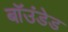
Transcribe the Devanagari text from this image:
बॉउंडेड